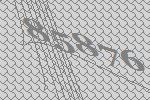
85876